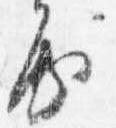
房